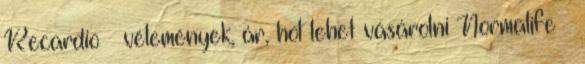
Recardio – vélemények, ár, hol lehet vásárolni Normalife –